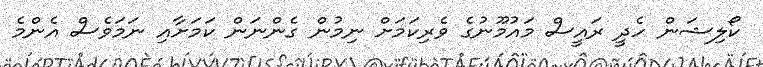
ކޯލިޝަން ހެދީ ރައީސް މައުމޫނުގެ ވެރިކަމަށް ނިމުން ގެންނަން ކަމަށާއި ނަމަވެސް އެންމެ